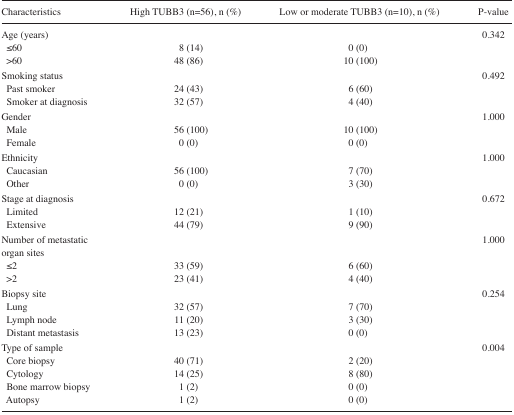
| Characteristics | High TUBB3 (n=56), n (%) | Low or moderate TUBB3 (n=10), n (%) | P-value |
 | --- | --- | --- | --- |
 | Age (years) |  |  | 0.342 |
 | ≤60 | 8 (14) | 0 (0) |  |
 | >60 | 48 (86) | 10 (100) |  |
 | Smoking status |  |  | 0.492 |
 | Past smoker | 24 (43) | 6 (60) |  |
 | Smoker at diagnosis | 32 (57) | 4 (40) |  |
 | Gender |  |  | 1.000 |
 | Male | 56 (100) | 10 (100) |  |
 | Female | 0 (0) | 0 (0) |  |
 | Ethnicity |  |  | 1.000 |
 | Caucasian | 56 (100) | 7 (70) |  |
 | Other | 0 (0) | 3 (30) |  |
 | Stage at diagnosis |  |  | 0.672 |
 | Limited | 12 (21) | 1 (10) |  |
 | Extensive | 44 (79) | 9 (90) |  |
 | Number of metastatic organ sites |  |  | 1.000 |
 | ≤2 | 33 (59) | 6 (60) |  |
 | >2 | 23 (41) | 4 (40) |  |
 | Biopsy site |  |  | 0.254 |
 | Lung | 32 (57) | 7 (70) |  |
 | Lymph node | 11 (20) | 3 (30) |  |
 | Distant metastasis | 13 (23) | 0 (0) |  |
 | Type of sample |  |  | 0.004 |
 | Core biopsy | 40 (71) | 2 (20) |  |
 | Cytology | 14 (25) | 8 (80) |  |
 | Bone marrow biopsy | 1 (2) | 0 (0) |  |
 | Autopsy | 1 (2) | 0 (0) |  |